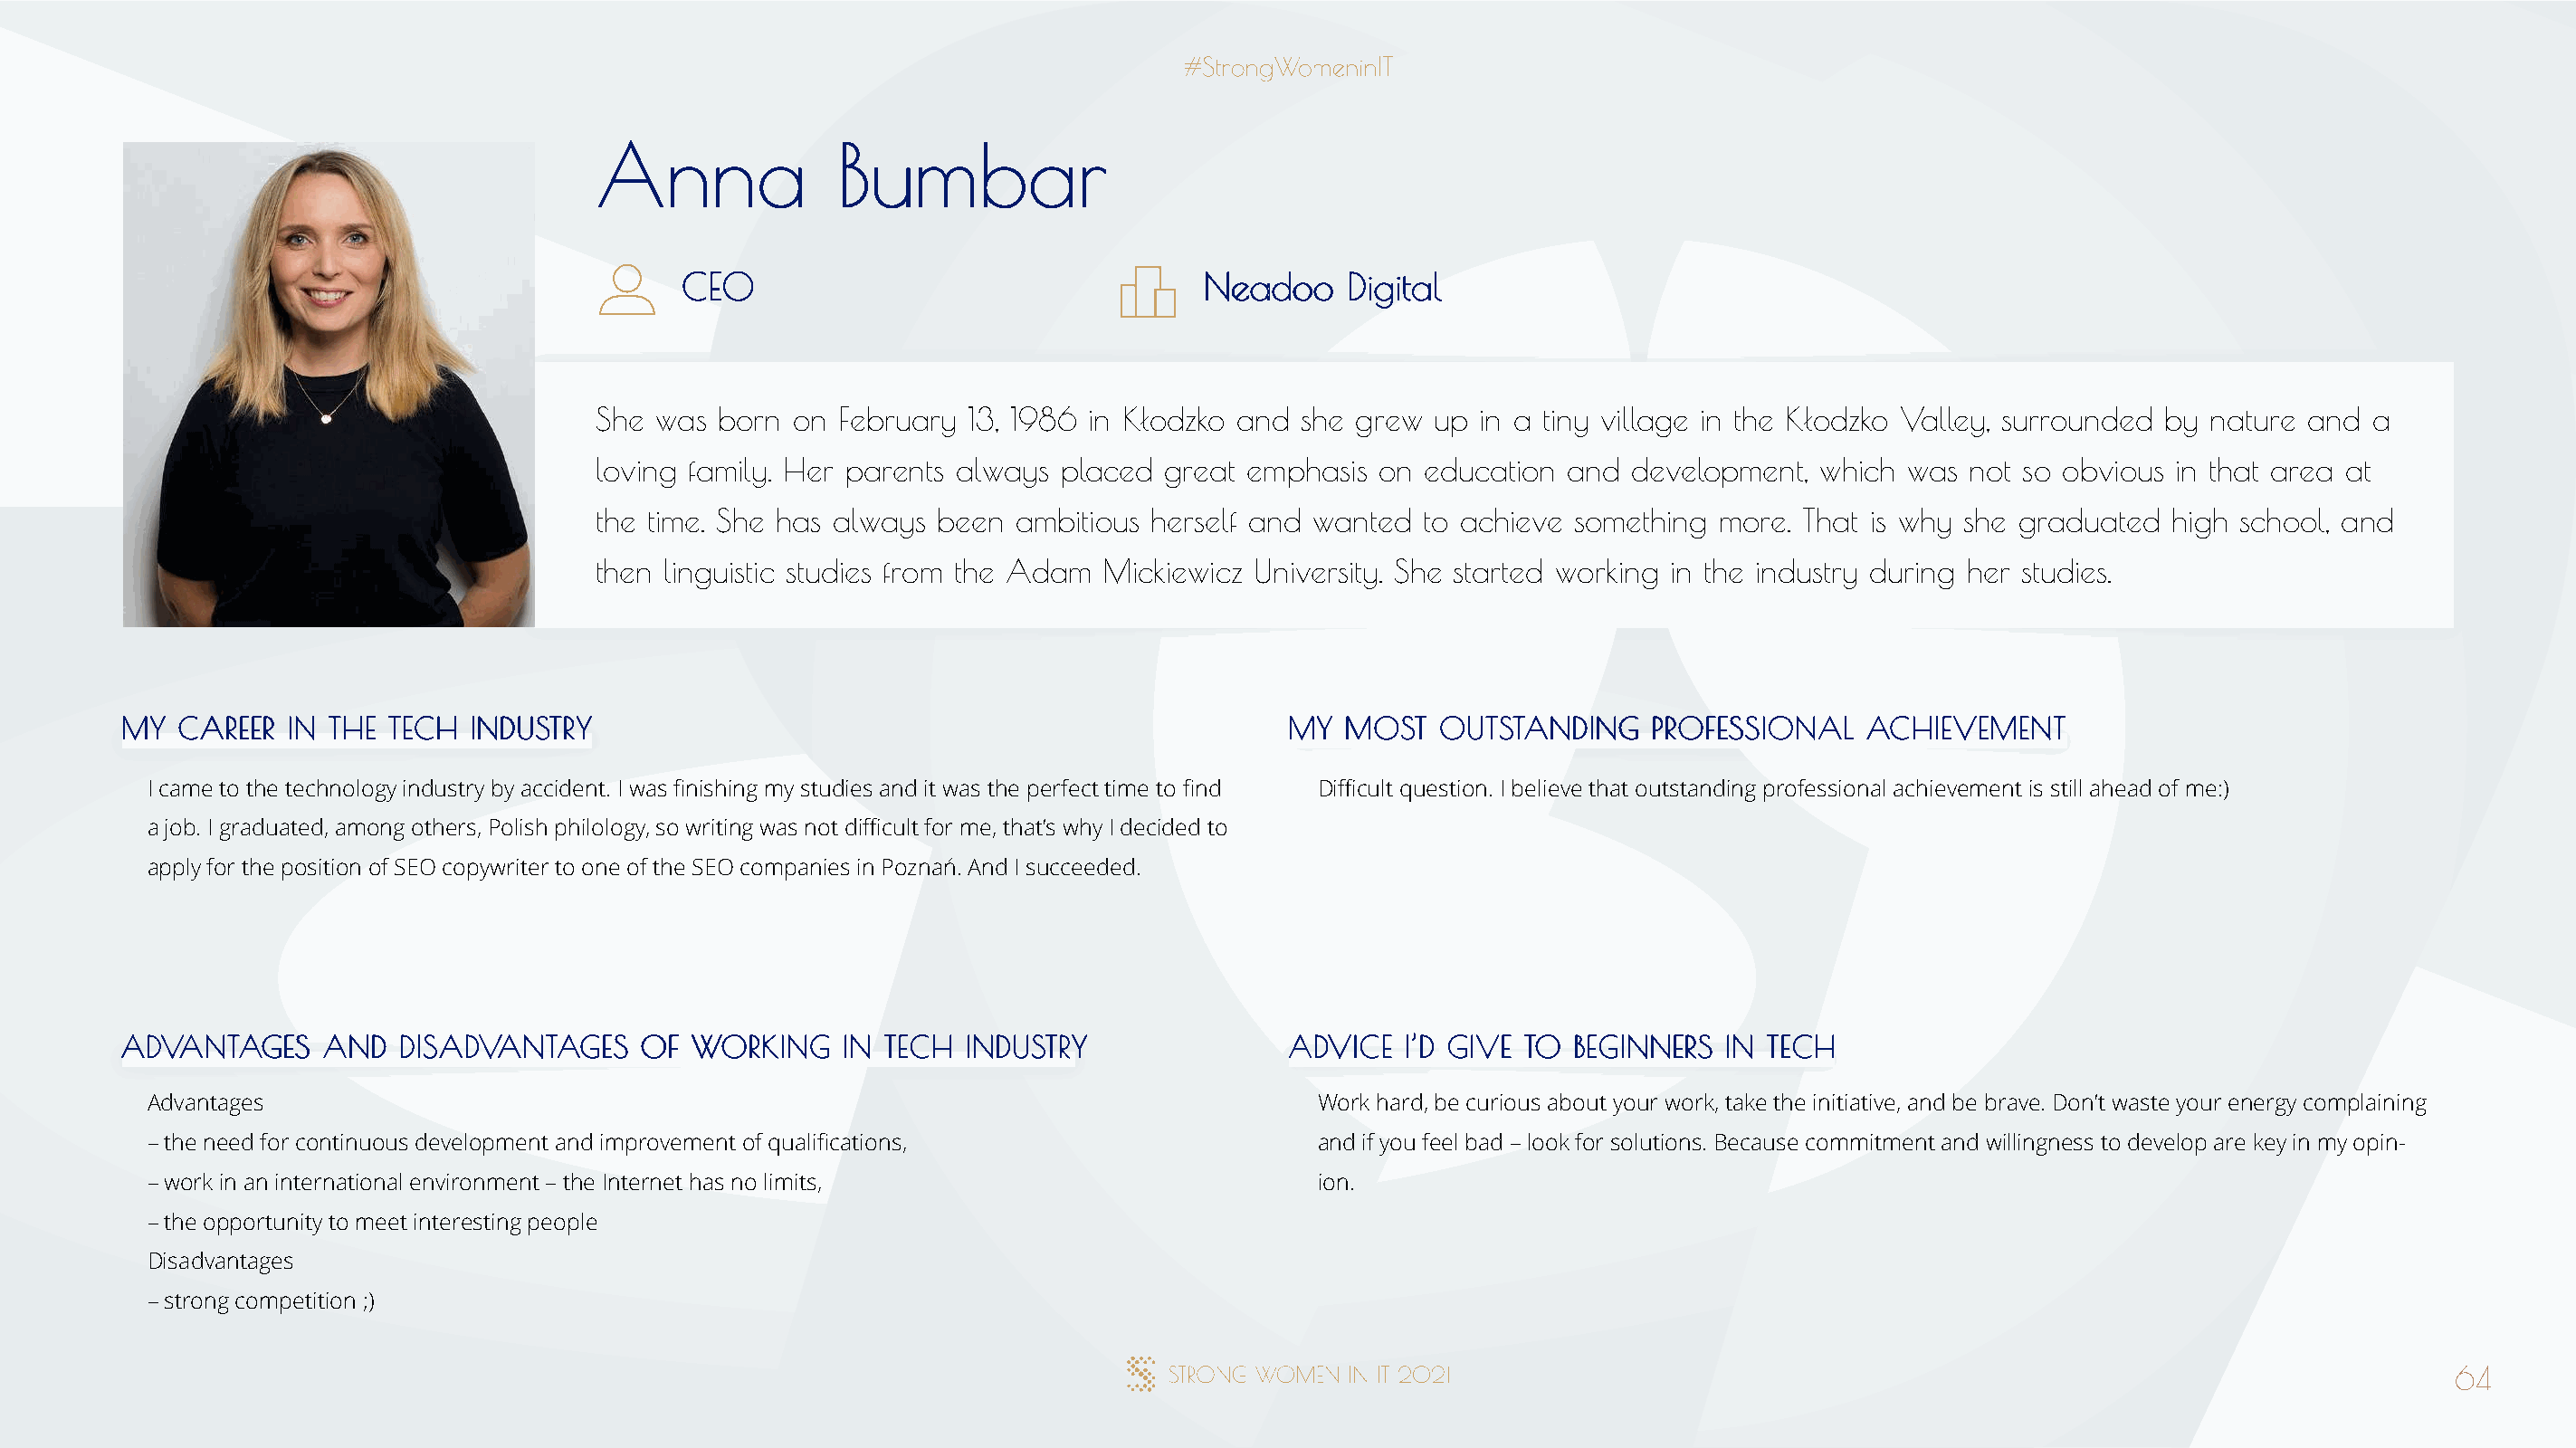
AAnnnnaa         BBuummbbaarr
 CCEEOO                                NNeeaaddoooo DDiiggiittaall
 She was  born on February  13, 1986 in Kłodzko and she grew  up in a tiny village in the Kłodzko Valley, surrounded by nature and a
 loving family. Her parents always placed great emphasis  on education  and development,  which was  not so obvious in that area at
 the time. She has always been ambitious herself and wanted  to achieve something  more. That is why she graduated  high school, and
 then linguistic studies from the Adam Mickiewicz University. She started working in the industry during her studies.
 MMYY CCAARREEEERR IINN TTHHEE TTEECCHH IINNDDUUSSTTRRYY                              MMYY MMOOSSTT OOUUTTSSTTAANNDDIINNGG PPRROOFFEESSSSIIOONNAALL AACCHHIIEEVVEEMMEENNTT
 I came to the technology industry by accident. I was finishing my studies and it was the perfect time to find Difficult question. I believe that outstanding professional achievement is still ahead of me:)
 a job. I graduated, among others, Polish philology, so writing was not difficult for me, that’s why I decided to
 apply for the position of SEO copywriter to one of the SEO companies in Poznań. And I succeeded.
 AADDVVAANNTTAAGGEESS AANNDD DDIISSAADDVVAANNTTAAGGEESS OOFF WWOORRKKIINNGG IINN TTEECCHH IINNDDUUSSTTRRYY AADDVVIICCEE II’’DD GGIIVVEE TTOO BBEEGGIINNNNEERRSS IINN TTEECCHH
 Advantages                                                                           Work hard, be curious about your work, take the initiative, and be brave. Don’t waste your energy complaining
 – the need for continuous development and improvement of qualifications,             and if you feel bad – look for solutions. Because commitment and willingness to develop are key in my opin-
 – work in an international environment – the Internet has no limits,                 ion.
 – the opportunity to meet interesting people
 Disadvantages
 – strong competition ;)
 64